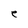
Character: e